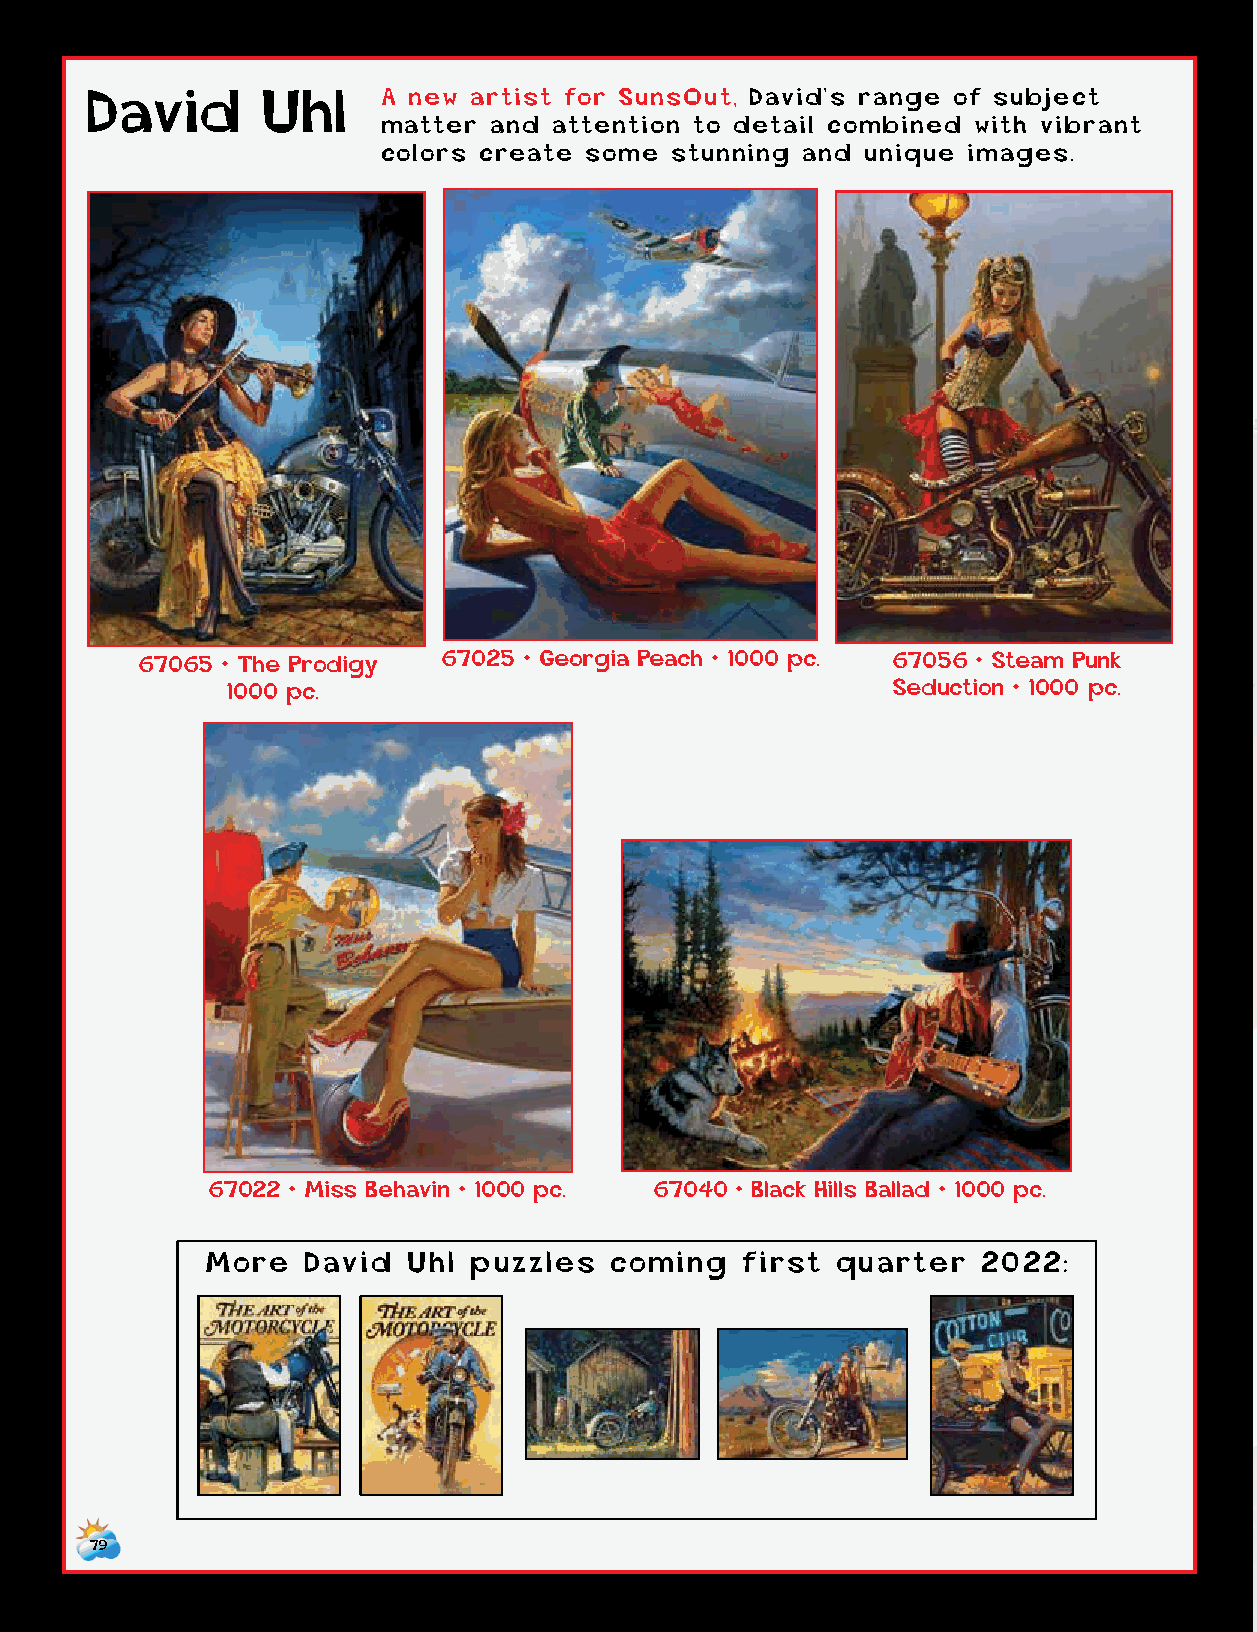
David      Uhl     A new artist for SunsOut, David’s range of subject
 matter  and attention to detail combined with vibrant
 colors create some  stunning and unique images.
 67065 • The Prodigy 67025 • Georgia Peach • 1000 pc. 67056 • Steam Punk
 1000 pc.                                    Seduction • 1000 pc.
 67022 • Miss Behavin • 1000 pc. 67040 • Black Hills Ballad • 1000 pc.
 More  David  Uhl puzzles  coming   first quarter   2022:
 79